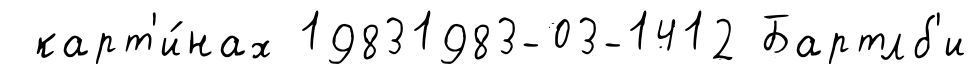
карт'и́нах 19831983-03-1412 Бартлб'и